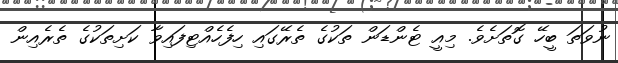
ނުވަތަ ބީހޭ ގޮތަށެވެ. މިއީ ޓެންޑަން ތަކުގެ ތެރޭގައި ހިފެހެއްޓިފައިވާ ކަށިތަކުގެ ތެރެއިން